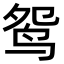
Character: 鸳